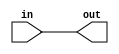
`timescale 1ns/1ps
module buffer(in, out);
input in;
output out;

assign #100 out = in;
initial $display("%m delay is 100");

endmodule